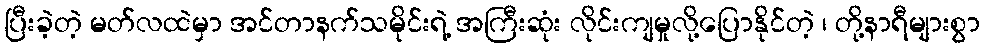
ပြီးခဲ့တဲ့ မတ်လထဲမှာ အင်တာနက်သမိုင်းရဲ့ အကြီးဆုံး လိုင်းကျမှုလို့ပြောနိုင်တဲ့ ၊ တို့နာရီများစွာ